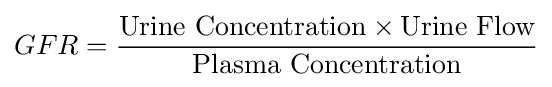
GFR={\frac {{\mbox{Urine Concentration}}\times {\mbox{Urine Flow}}}{\mbox{Plasma Concentration}}}